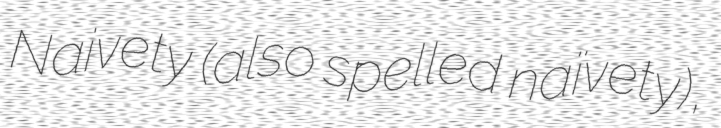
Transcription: Naivety (also spelled naïvety),